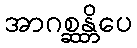
အာဂစ္ဆန္တိပေ